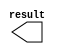
module num_x3 (
	result);

	output	[10:0]  result;

endmodule